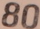
80